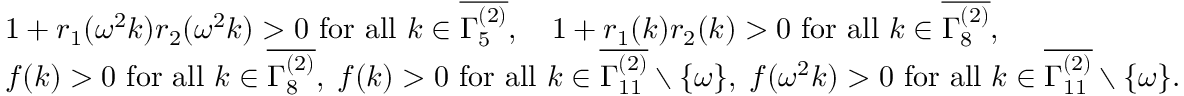
\begin{array} { r l } & { 1 + r _ { 1 } ( \omega ^ { 2 } k ) r _ { 2 } ( \omega ^ { 2 } k ) > 0 \mathrm { ~ f o r ~ a l l ~ } k \in \overline { { \Gamma _ { 5 } ^ { ( 2 ) } } } , \quad 1 + r _ { 1 } ( k ) r _ { 2 } ( k ) > 0 \mathrm { ~ f o r ~ a l l ~ } k \in \overline { { \Gamma _ { 8 } ^ { ( 2 ) } } } , } \\ & { f ( k ) > 0 \mathrm { ~ f o r ~ a l l ~ } k \in \overline { { \Gamma _ { 8 } ^ { ( 2 ) } } } , \; f ( k ) > 0 \mathrm { ~ f o r ~ a l l ~ } k \in \overline { { \Gamma _ { 1 1 } ^ { ( 2 ) } } } \setminus \{ \omega \} , \; f ( \omega ^ { 2 } k ) > 0 \mathrm { ~ f o r ~ a l l ~ } k \in \overline { { \Gamma _ { 1 1 } ^ { ( 2 ) } } } \setminus \{ \omega \} . } \end{array}